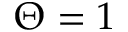
\Theta = 1